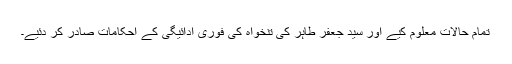
تمام حالات معلوم کیے اور سید جعفر طاہر کی تنخواہ کی فوری ادائیگی کے احکامات صادر کر دئیے۔